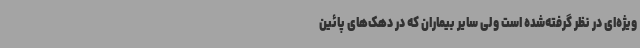
ویژه‌ای در نظر گرفته‌شده است ولی سایر بیماران که در دهک‌های پائین